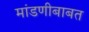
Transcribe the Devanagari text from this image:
मांडणीबाबत